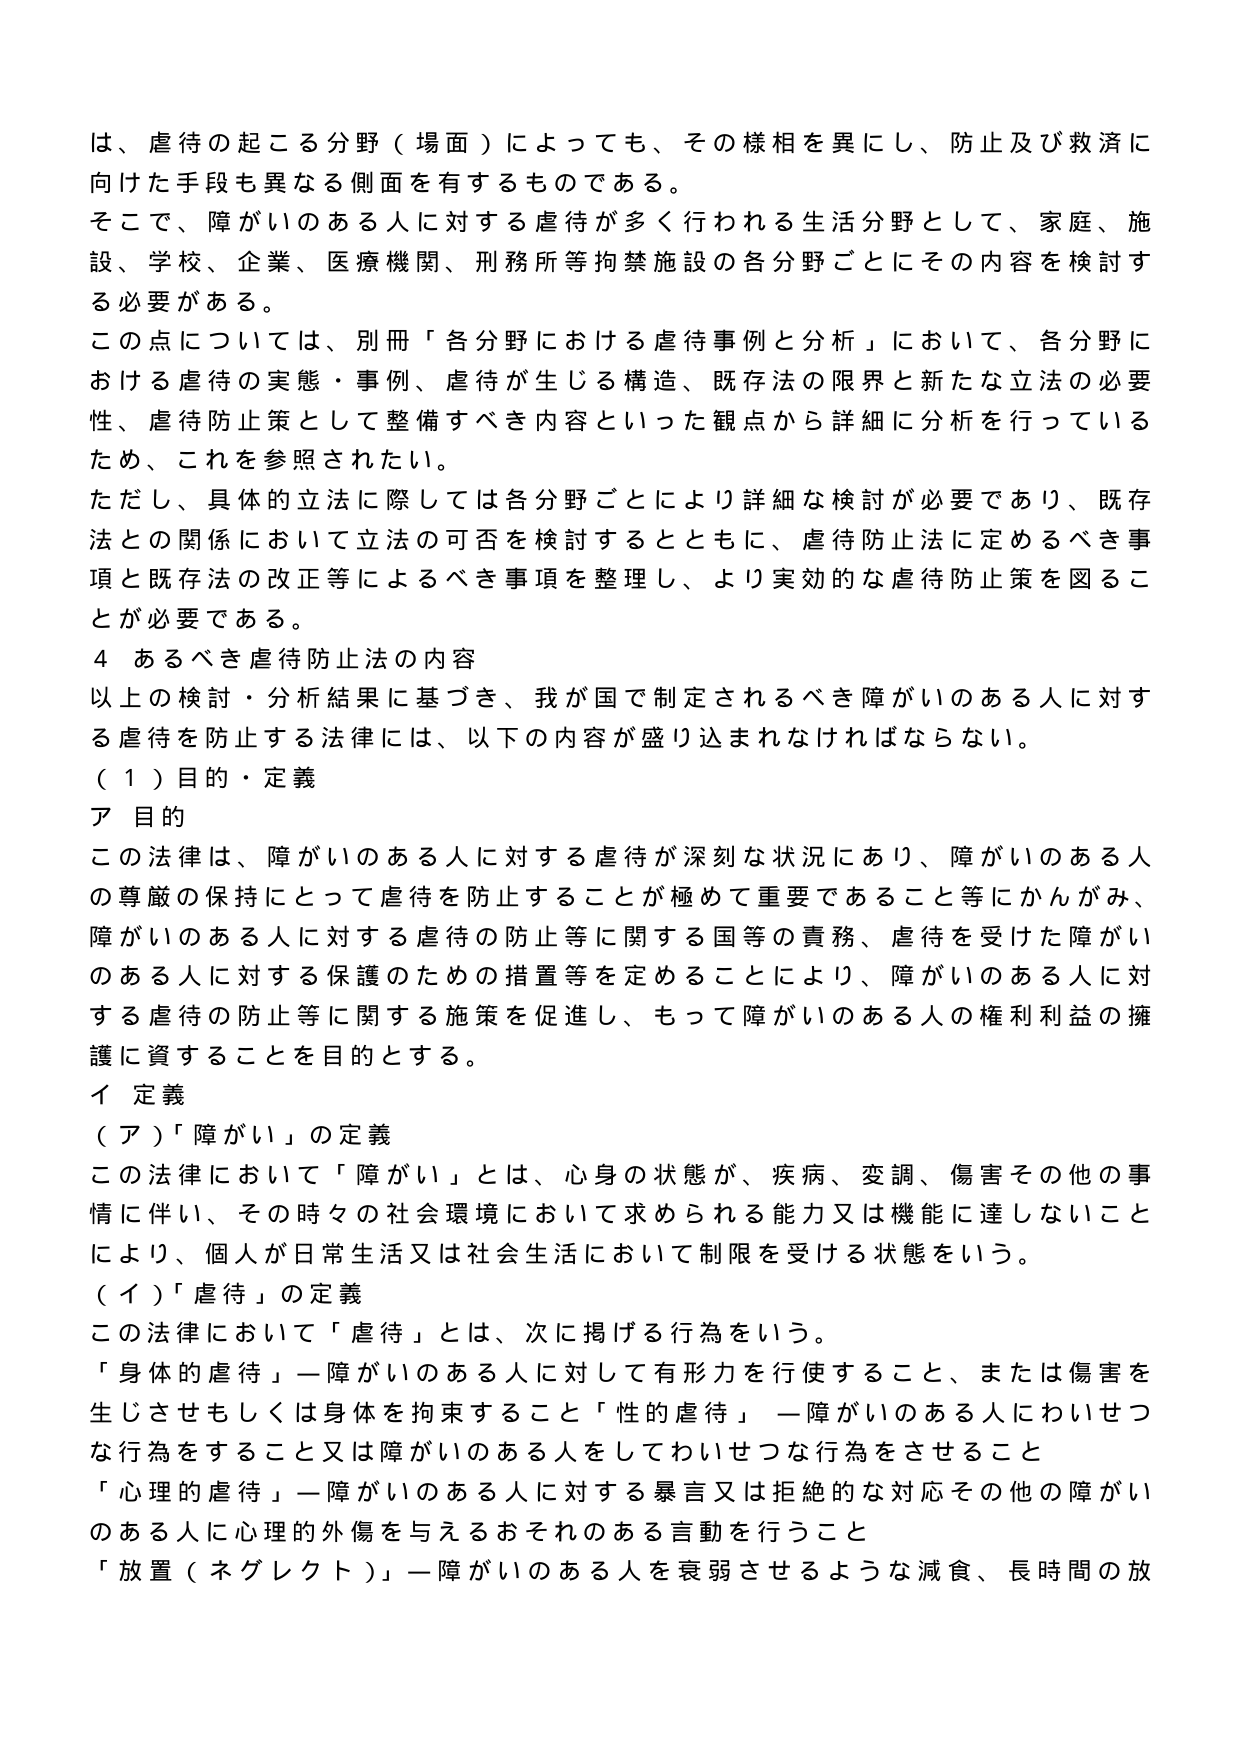
は、虐待の起こる分野（場面）によっても、その様相を異にし、防止及び救済に向けた手段も異なる側面を有するものである。
そこで、障がいのある人に対する虐待が多く行われる生活分野として、家庭、施設、学校、企業、医療機関、刑務所等拘禁施設の各分野ごとにその内容を検討する必要がある。
この点については、別冊「各分野における虐待事例と分析」において、各分野における虐待の実態・事例、虐待が生じる構造、既存法の限界と新たな立法の必要性、虐待防止策として整備すべき内容といった観点から詳細に分析を行っているため、これを参照されたい。
ただし、具体的立法に際しては各分野ごとにより詳細な検討が必要であり、既存法との関係において立法の可否を検討するとともに、虐待防止法に定めるべき事項と既存法の改正等によるべき事項を整理し、より実効的な虐待防止策を図ることが必要である。
４ あるべき虐待防止法の内容
以上の検討・分析結果に基づき、我が国で制定されるべき障がいのある人に対する虐待を防止する法律には、以下の内容が盛り込まれなければならない。
（１）目的・定義
ア 目的
この法律は、障がいのある人に対する虐待が深刻な状況にあり、障がいのある人の尊厳の保持にとって虐待を防止することが極めて重要であること等にかんがみ、障がいのある人に対する虐待の防止等に関する国等の責務、虐待を受けた障がいのある人に対する保護のための措置等を定めることにより、障がいのある人に対する虐待の防止等に関する施策を促進し、もって障がいのある人の権利利益の擁護に資することを目的とする。
イ 定義
（ア）「障がい」の定義
この法律において「障がい」とは、心身の状態が、疾病、変調、傷害その他の事情に伴い、その時々の社会環境において求められる能力又は機能に達しないことにより、個人が日常生活又は社会生活において制限を受ける状態をいう。
（イ）「虐待」の定義
この法律において「虐待」とは、次に掲げる行為をいう。
「身体的虐待」—障がいのある人に対して有形力を行うこと、または傷害を生じさせもしくは身体を拘束すること
「性的虐待」—障がいのある人をわいせつな行為をすること又は障がいのある人をしてわいせつな行為をさせること
「心理的虐待」—障がいのある人に対する暴言又は拒絶的な対応その他の障がいのある人に心理的外傷を与えるおそれのある言動を行うこと
「放置（ネグレクト）」—障がいのある人を衰弱させるような減食、長時間の放